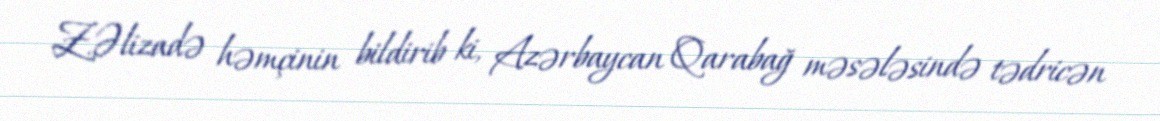
Z.Əlizadə həmçinin bildirib ki, Azərbaycan Qarabağ məsələsində tədricən